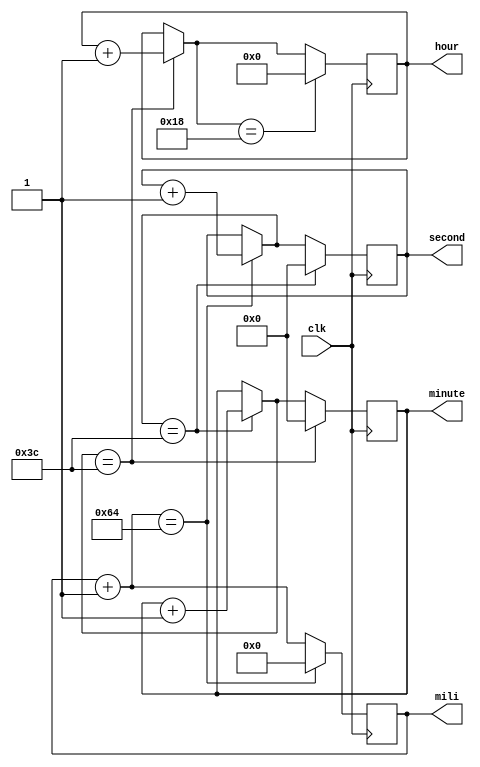
module relogioClock(
					input clk, 
					output reg [6:0]mili,
					output reg [5:0]second, minute,
					output reg [4:0]hour
					);
						
	reg [6:0]next_mili;
	reg [5:0]next_second;
	reg [5:0]next_minute;
	reg [4:0]next_hour;

	always@(posedge clk) begin
		mili <= next_mili;
		second <= next_second;
		minute <= next_minute;
		hour <= next_hour;
		end
		
	always@(*) begin
		next_mili = mili + 1;
		next_second = second;
		next_minute = minute;
		next_hour = hour;
		
		if(next_mili == 100) begin
		next_mili = 0;
		next_second = second + 1;
		end
		
		if(next_second == 60) begin
		next_second = 0;
		next_minute = minute + 1;
		end
		
		if(next_minute == 60) begin
		next_minute = 0;
		next_hour = hour + 1;
		end
		
		if(next_hour == 24) begin
		next_hour = 0;
		end
		
	end

endmodule